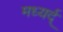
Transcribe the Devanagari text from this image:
मध्यर्द्